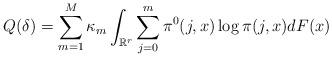
LaTeX: \begin{align*}Q(\delta) = \sum_{m=1}^M \kappa_m \int_{\mathbb{R}^r} \sum_{j=0}^m \pi^0(j,x)\log \pi(j,x) dF(x)\end{align*}